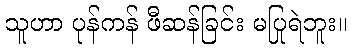
သူဟာ ပုန်ကန် ဖီဆန်ခြင်း မပြုရဲဘူး။